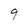
Character: 9